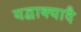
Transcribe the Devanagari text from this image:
यद्वाक्यादै